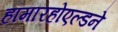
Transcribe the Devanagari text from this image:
हामारहोएल्डने